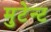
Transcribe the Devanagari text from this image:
मुटेन्ट